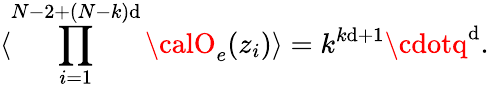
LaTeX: \langle\prod_{i=1}^{N-2+(N-k)\mathrm{d}}{\calO}_{e}(z_{i})\rangle=k^{k\mathrm{d}+1}\cdotq^{\mathrm{d}}.